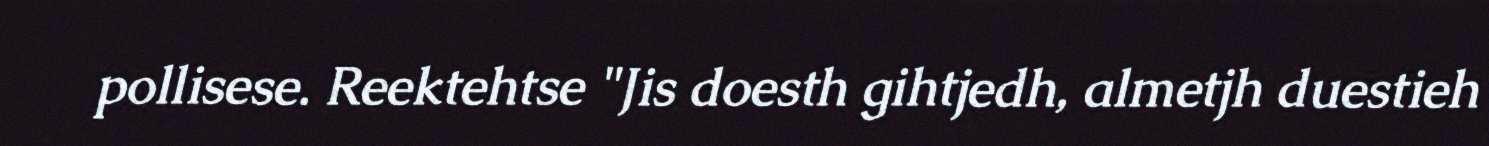
pollisese. Reektehtse "Jis doesth gihtjedh, almetjh duestieh